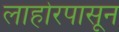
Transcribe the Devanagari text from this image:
लाहोरपासून